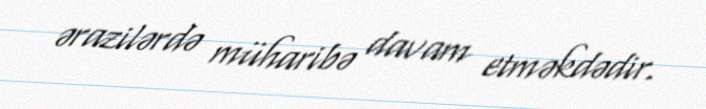
ərazilərdə müharibə davam etməkdədir.